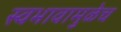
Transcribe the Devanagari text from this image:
स्वभावामुळेच